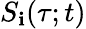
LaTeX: S_{\mathbf{i}}(\tau;t)